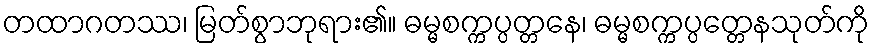
တထာဂတဿ၊ မြတ်စွာဘုရား၏။ ဓမ္မစက္ကပ္ပတ္တနေ၊ ဓမ္မစက္ကပ္ပတ္တေနသုတ်ကို